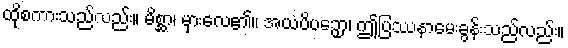
ထိုစကားသည်လည်း။ မိစ္ဆာ၊ မှားလေ၏။ အယံပိပဉှော၊ ဤပြဿနာမေးခွန်းသည်လည်း။